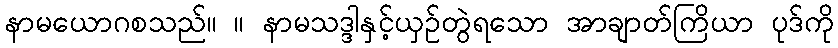
နာမယောဂစသည်။ ။ နာမသဒ္ဒါနှင့်ယှဉ်တွဲရသော အာချာတ်ကြိယာ ပုဒ်ကို